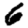
Digit: 6